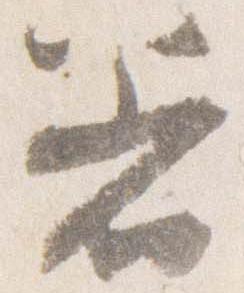
着